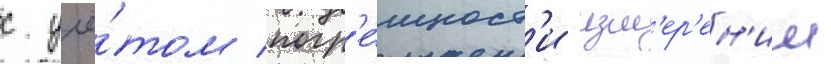
с учё́том погр'е́шност'и изм'ер'ен'ии